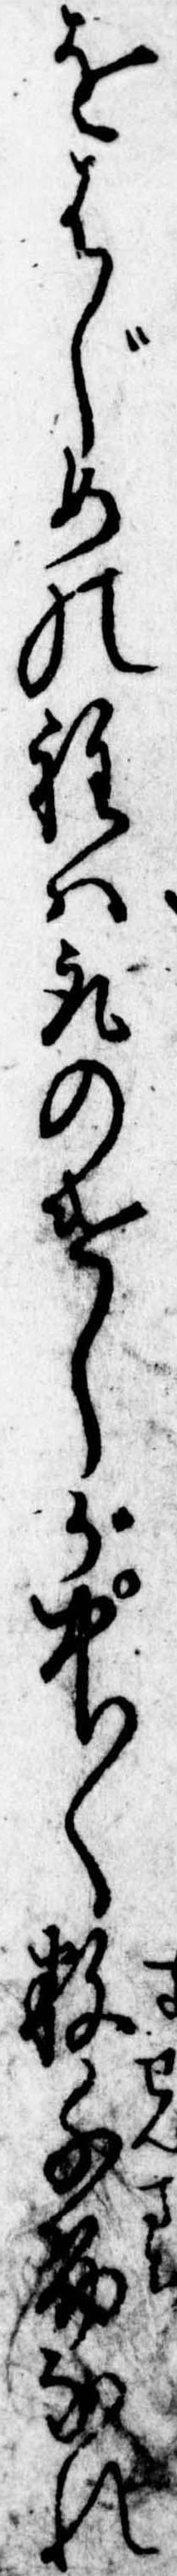
をはじめの程は取のけしが中〱数千筋なれ